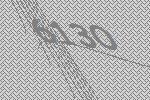
6130